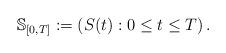
LaTeX: \begin{align*}\mathbb{S}_{[0,T]}:=(S(t):0\leq t\leq T)\,.\end{align*}